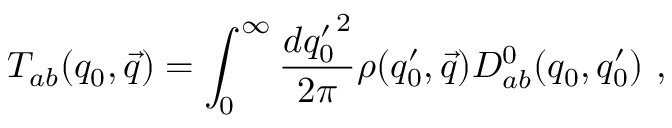
{ \cal T } _ { a b } ( q _ { 0 } , \vec { q } ) = \int _ { 0 } ^ { \infty } \frac { d { q _ { 0 } ^ { \prime } } ^ { 2 } } { 2 \pi } \rho ( q _ { 0 } ^ { \prime } , \vec { q } ) { \cal D } _ { a b } ^ { 0 } ( q _ { 0 } , q _ { 0 } ^ { \prime } ) ~ ,